Vaccination in the Punjab 1905-1918 - 1905-1918
Year: 1905
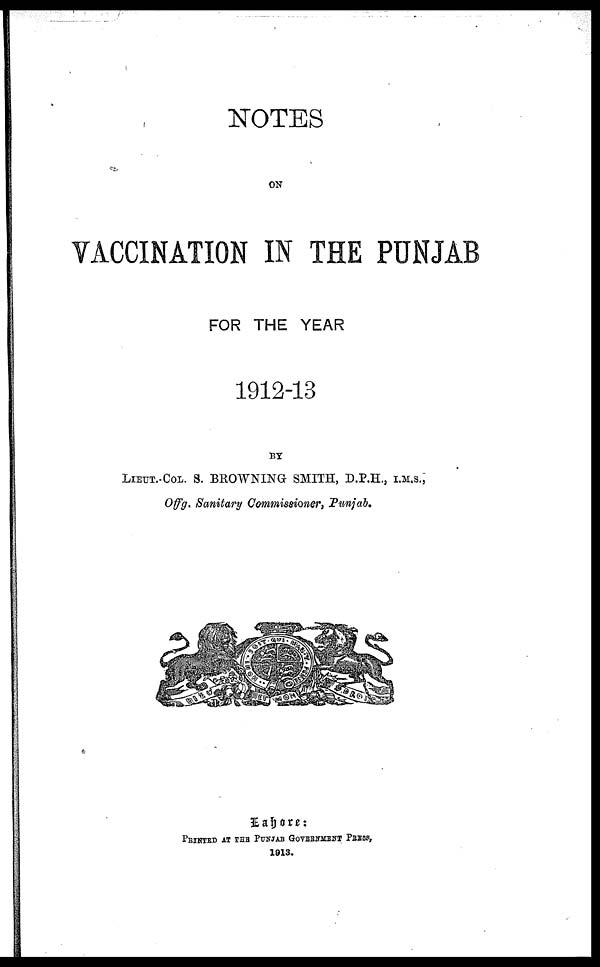
NOTES
ON
VACCINATION IN THE PUNJAB
FOR THE YEAR
1912-13
BY
LIEUT.-COL. S. BROWNING SMITH, D.P.H., I.M.S.,
Offg. Sanitary Commissioner, Punjab.
Lahore:
PRINTED AT THE PUNJAB GOVERNMENT PRESS,
1913.